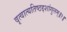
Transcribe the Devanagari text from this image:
वृत्वात्यतिष्ठद्दशांगुलम्॥१॥